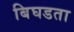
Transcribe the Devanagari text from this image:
बिघडता